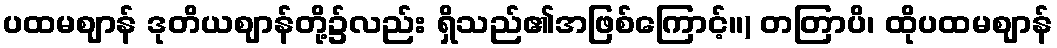
ပထမဈာန် ဒုတိယဈာန်တို့၌လည်း ရှိသည်၏အဖြစ်ကြောင့်။) တတြာပိ၊ ထိုပထမဈာန်